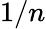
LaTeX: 1/n